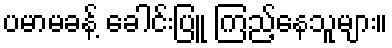
ပမာမခန့် ခေါင်းပြူ ကြည့်နေသူများ။